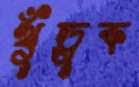
খুঁড়ুক